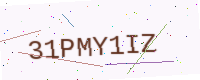
Text: 31PMY1IZ